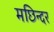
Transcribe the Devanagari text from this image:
मछिन्दर